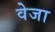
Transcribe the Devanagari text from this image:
वेजा